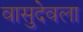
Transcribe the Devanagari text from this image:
वासुदेवला